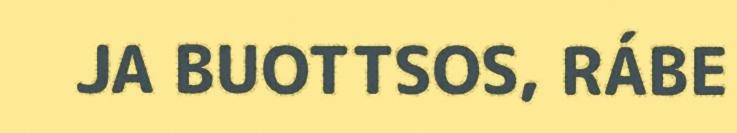
JA BUOTTSOS, RÁBE